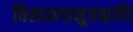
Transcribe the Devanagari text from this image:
विस्वरूपानुजश्चापि